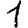
Digit: 1